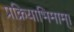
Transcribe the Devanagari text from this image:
प्रक्रियाभिमाम्।